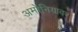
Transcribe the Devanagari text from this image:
अमोनियावर